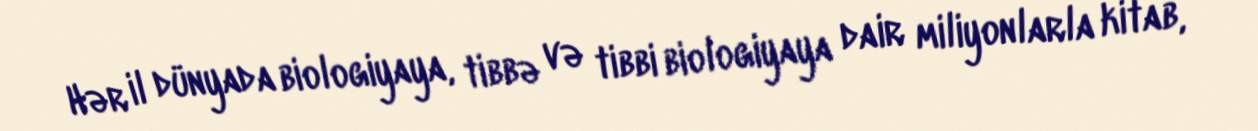
Hər il dünyada biologiyaya, tibbə və tibbi biologiyaya dair miliyonlarla kitab,